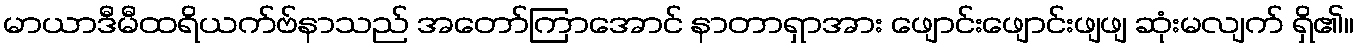
မာယာဒီမီထရိယက်ဗ်နာသည် အတော်ကြာအောင် နာတာရှာအား ဖျောင်းဖျောင်းဖျဖျ ဆုံးမလျက် ရှိ၏။